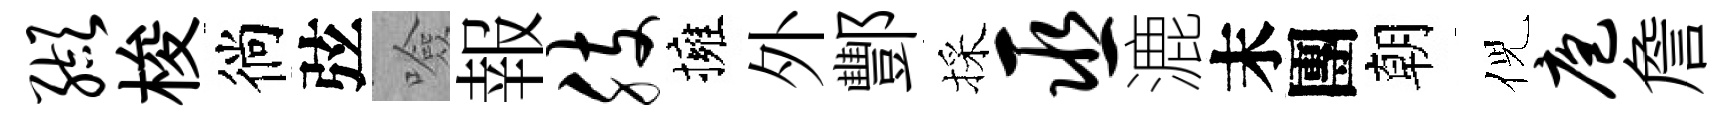
缬梭徜弦噞報肢擁外酆採巫漉末團朝倪庖詹